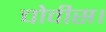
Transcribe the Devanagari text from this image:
चोवीस।